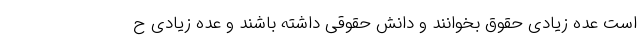
است عده زیادی حقوق بخوانند و دانش حقوقی داشته باشند و عده زیادی ح